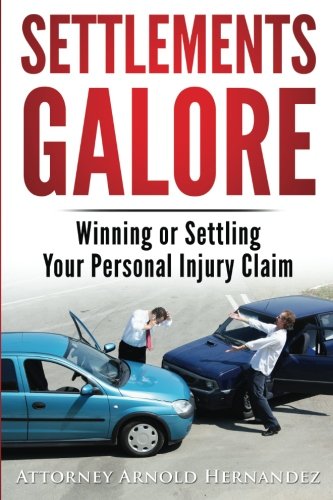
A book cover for Settlements Galore: Winning or Settling Your Personal Injury Claim; Arnold Hernandez; Law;